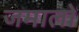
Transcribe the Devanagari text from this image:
जमालो